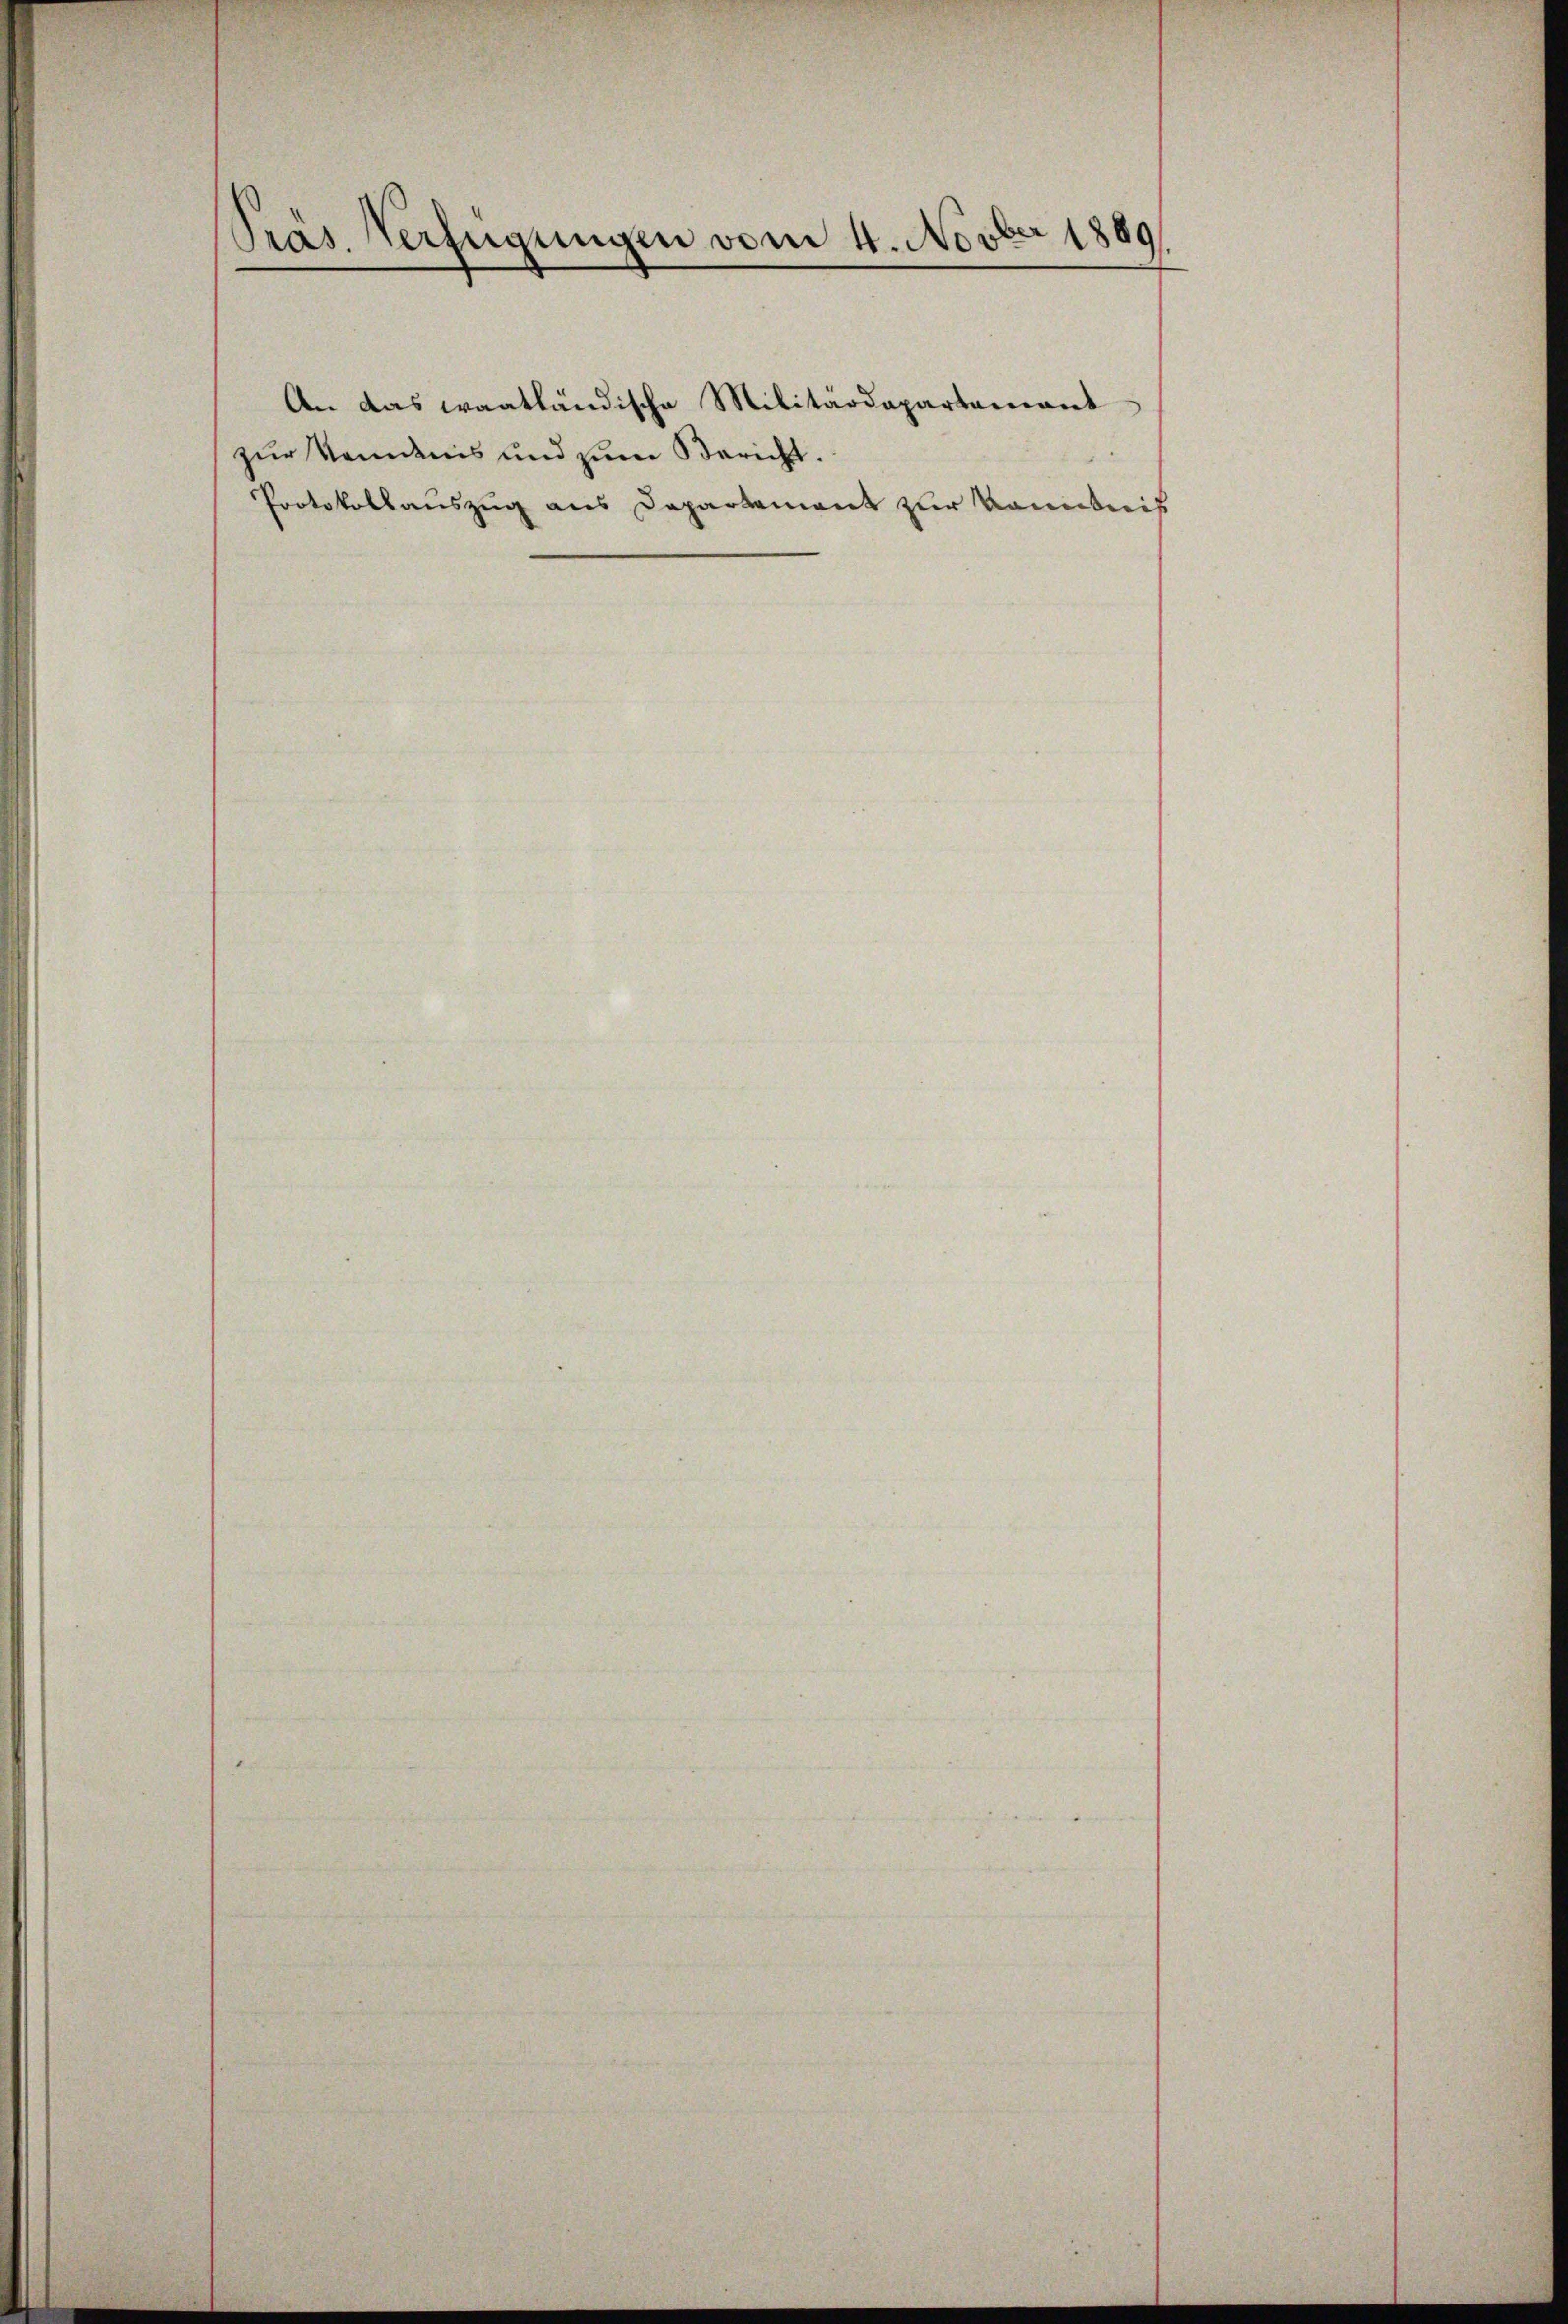
Pras Verfügungen vom 4. Novber 1889

zur Vendnis und zum Bericht.
Protokollauszug aus Departement zur Kenntnis

An das waatländische Militärdepartamant